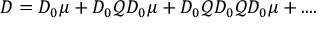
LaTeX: D = D _ { 0 } \mu + D _ { 0 } { \mathcal Q } D _ { 0 } \mu + D _ { 0 } { \mathcal Q } D _ { 0 } { \mathcal Q } D _ { 0 } \mu + . . . .